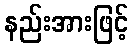
နည်းအားဖြင့်